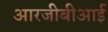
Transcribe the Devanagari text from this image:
आरजीबीआई